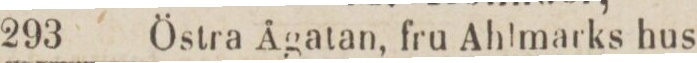
293    Östra Ågatan, fru Ahlmarks hus